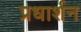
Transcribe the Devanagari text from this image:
प्रधार्शन